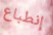
إنطباع